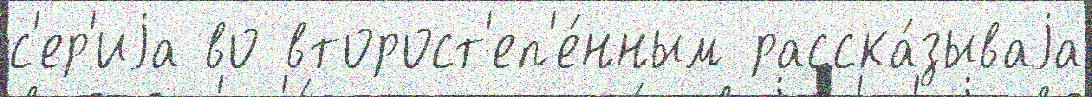
с'ер'иjа во второст'еп'е́нным расска́зываjа